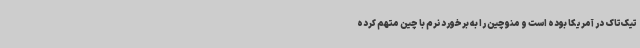
تیک‌تاک در آمریکا بوده است و منوچین را به برخورد نرم با چین متهم کرده